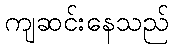
ကျဆင်းနေသည်